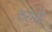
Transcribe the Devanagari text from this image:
करमहे